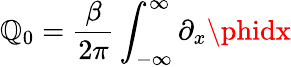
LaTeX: \mathbb{Q}_{0}=\frac{{\beta}}{{2\pi}}\int_{-\infty}^{\infty}\partial_{x}\phidx